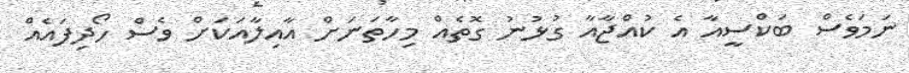
ނަމަވެސް ބަކްސީއާ އެ ކުއްޖާއާ ގުޅުނު ގޮތެއް މިހާތަނަށް އާއިލާއަކަށް ވެސް ހޯދިފައެއް